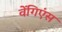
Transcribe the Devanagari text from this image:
वेंगिएंस